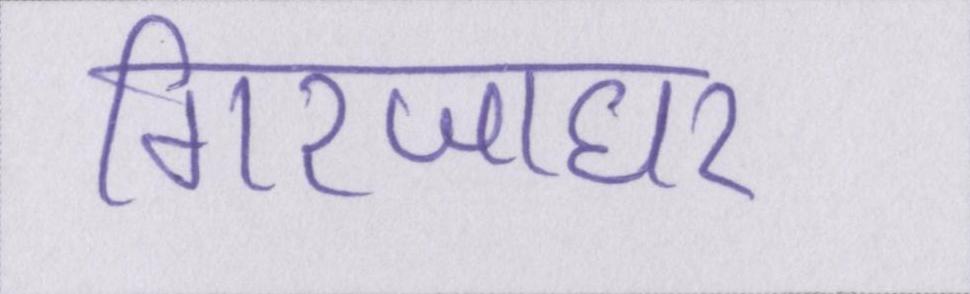
गिरजाघर